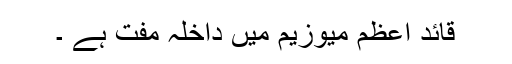
قائد اعظم میوزیم میں داخلہ مفت ہے ۔